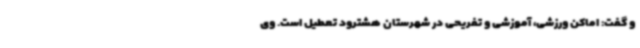
و گفت: اماکن ورزشی، آموزشی و تفریحی در شهرستان هشترود تعطیل است. وی